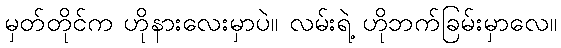
မှတ်တိုင်က ဟိုနားလေးမှာပဲ။ လမ်းရဲ့ ဟိုဘက်ခြမ်းမှာလေ။